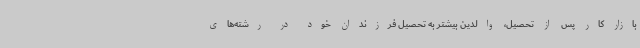
بازار کار پس از تحصیل، والدین بیشتر به تحصیل فرزندان خود در رشته‌های